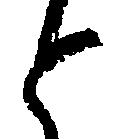
と